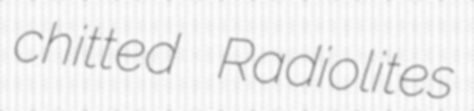
chitted Radiolites